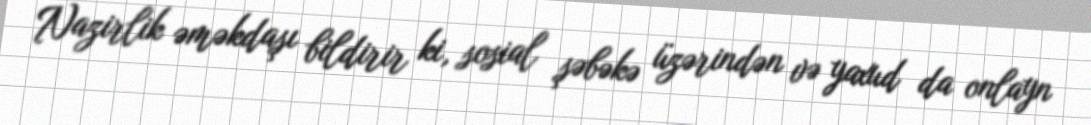
Nazirlik əməkdaşı bildirir ki, sosial şəbəkə üzərindən və yaxud da onlayn